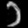
Digit: ၁